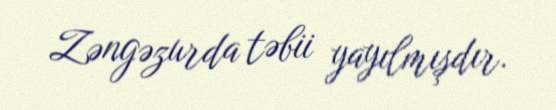
Zəngəzurda təbii yayılmışdır.